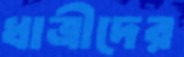
ধাত্রীদের